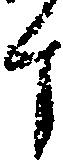
斗